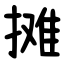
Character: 摊